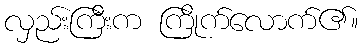
လှည်းကြီးက ကြိုက်လောက်၏။